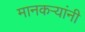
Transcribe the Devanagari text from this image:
मानकऱ्यांनी